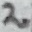
Text: 2